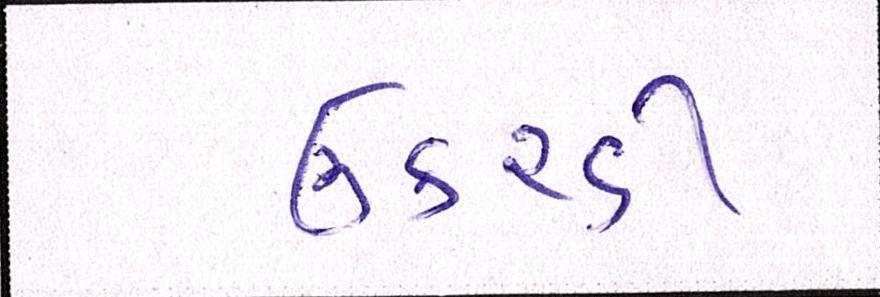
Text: ઉકરડી